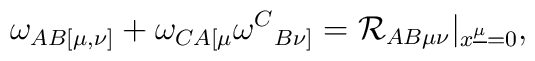
\omega _{AB[\mu,\nu]}	+\omega _{CA[\mu}\omega ^C{}_{B\nu]} 	={\cal R}_{AB\mu\nu}|_{x^{\underline \mu}=0},